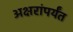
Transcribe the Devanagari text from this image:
अक्षरांपर्यंत